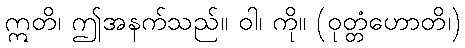
ဣတိ၊ ဤအနက်သည်။ ဝါ၊ ကို။ (ဝုတ္တံဟောတိ၊)